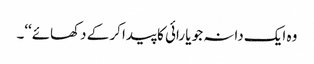
وہ ایک دانہ جو یا رائی کا پیدا کر کے دکھائے‘‘۔